Scottish Leaving Certificate Examination, 1960
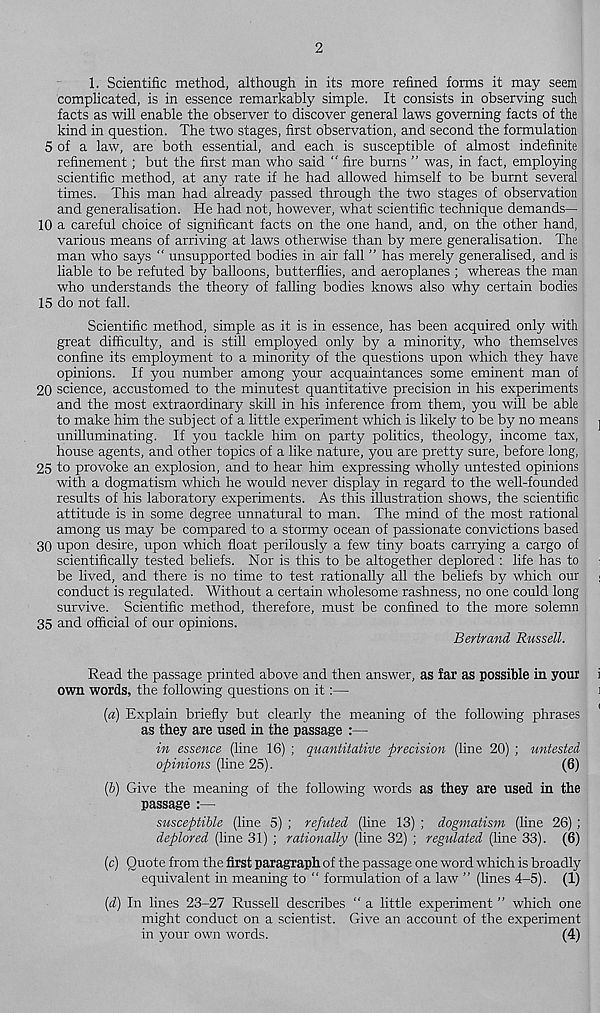
2
1. Scientific method, although in its more refined forms it may seem
complicated, is in essence remarkably simple. It consists in observing such
facts as will enable the observer to discover general laws governing facts of the
kind in question. The two stages, first observation, and second the formulation
5 of a law, are both essential, and each is susceptible of almost indefinite
refinement; but the first man who said “ fire burns ” was, in fact, employing
scientific method, at any rate if he had allowed himself to be burnt several
times. This man had already passed through the two stages of observation
and generalisation. He had not, however, what scientific technique demands—
10 a careful choice of significant facts on the one hand, and, on the other hand,
various means of arriving at laws otherwise than by mere generalisation. The
man who says “ unsupported bodies in air fall ” has merely generalised, and is
liable to be refuted by balloons, butterflies, and aeroplanes ; whereas the man
who understands the theory of falling bodies knows also why certain bodies
15 do not fall.
Scientific method, simple as it is in essence, has been acquired only with
great difficulty, and is still employed only by a minority, who themselves
confine its employment to a minority of the questions upon which they have
opinions. If you number among your acquaintances some eminent man of
20 science, accustomed to the minutest quantitative precision in his experiments
and the most extraordinary skill in his inference from them, you will be able
to make him the subject of a little experiment which is likely to be by no means
unilluminating. If you tackle him on party politics, theology, income tax,
house agents, and other topics of a like nature, you are pretty sure, before long,
25 to provoke an explosion, and to hear him expressing wholly untested opinions
with a dogmatism which he would never display in regard to the well-founded
results of his laboratory experiments. As this illustration shows, the scientific
attitude is in some degree unnatural to man. The mind of the most rational
among us may be compared to a stormy ocean of passionate convictions based
30 upon desire, upon which float perilously a few tiny boats carrying a cargo of
scientifically tested beliefs. Nor is this to be altogether deplored : life has to
be lived, and there is no time to test rationally all the beliefs by which our
conduct is regulated. Without a certain wholesome rashness, no one could long
survive. Scientific method, therefore, must be confined to the more solemn
35 and official of our opinions.
Bertrand Russell.
Read the passage printed above and then answer, as far as possible in your
own words, the following questions on it:—
(а) Explain briefly but clearly the meaning of the following phrases
as they are used in the passage :—
in essence (line 16) ; quantitative precision (line 20) ; untested
opinions (line 25).
(6)
(б) Give the meaning of the following words as they are used in the
passage :—
susceptible (line 5) ; refuted (line 13) ; dogmatism (line 26) ;
deplored (line 31) ; rationally (line 32) ; regulated (line 33). (6)
(c) Quote from the first paragraph of the passage one word which is broadly
equivalent in meaning to " formulation of a law ” (lines 4-5). (1)
[d) In lines 23-27 Russell describes “ a little experiment ” which one
might conduct on a scientist. Give an account of the experiment
in your own words.
(4)